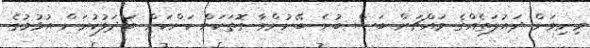
މިނިވަން ދައުލަތެއްގެ މައްޗަށް ބަސް ބުނެ ބޭނުންވާ ގޮތަކަށް ކަންކަން ބަދަލުކުރަން އުޅުމުގެ